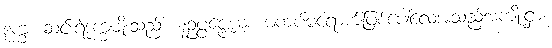
ဒုက္ခံ၊ ဆင်းရဲဒုက္ခမျိုးသည်။ နဥပ္ပဇ္ဇေယျ၊ မကပ်မရောက်ဖြစ်ပေါ်လေအံ့သည့်အကျိုးငှာ။